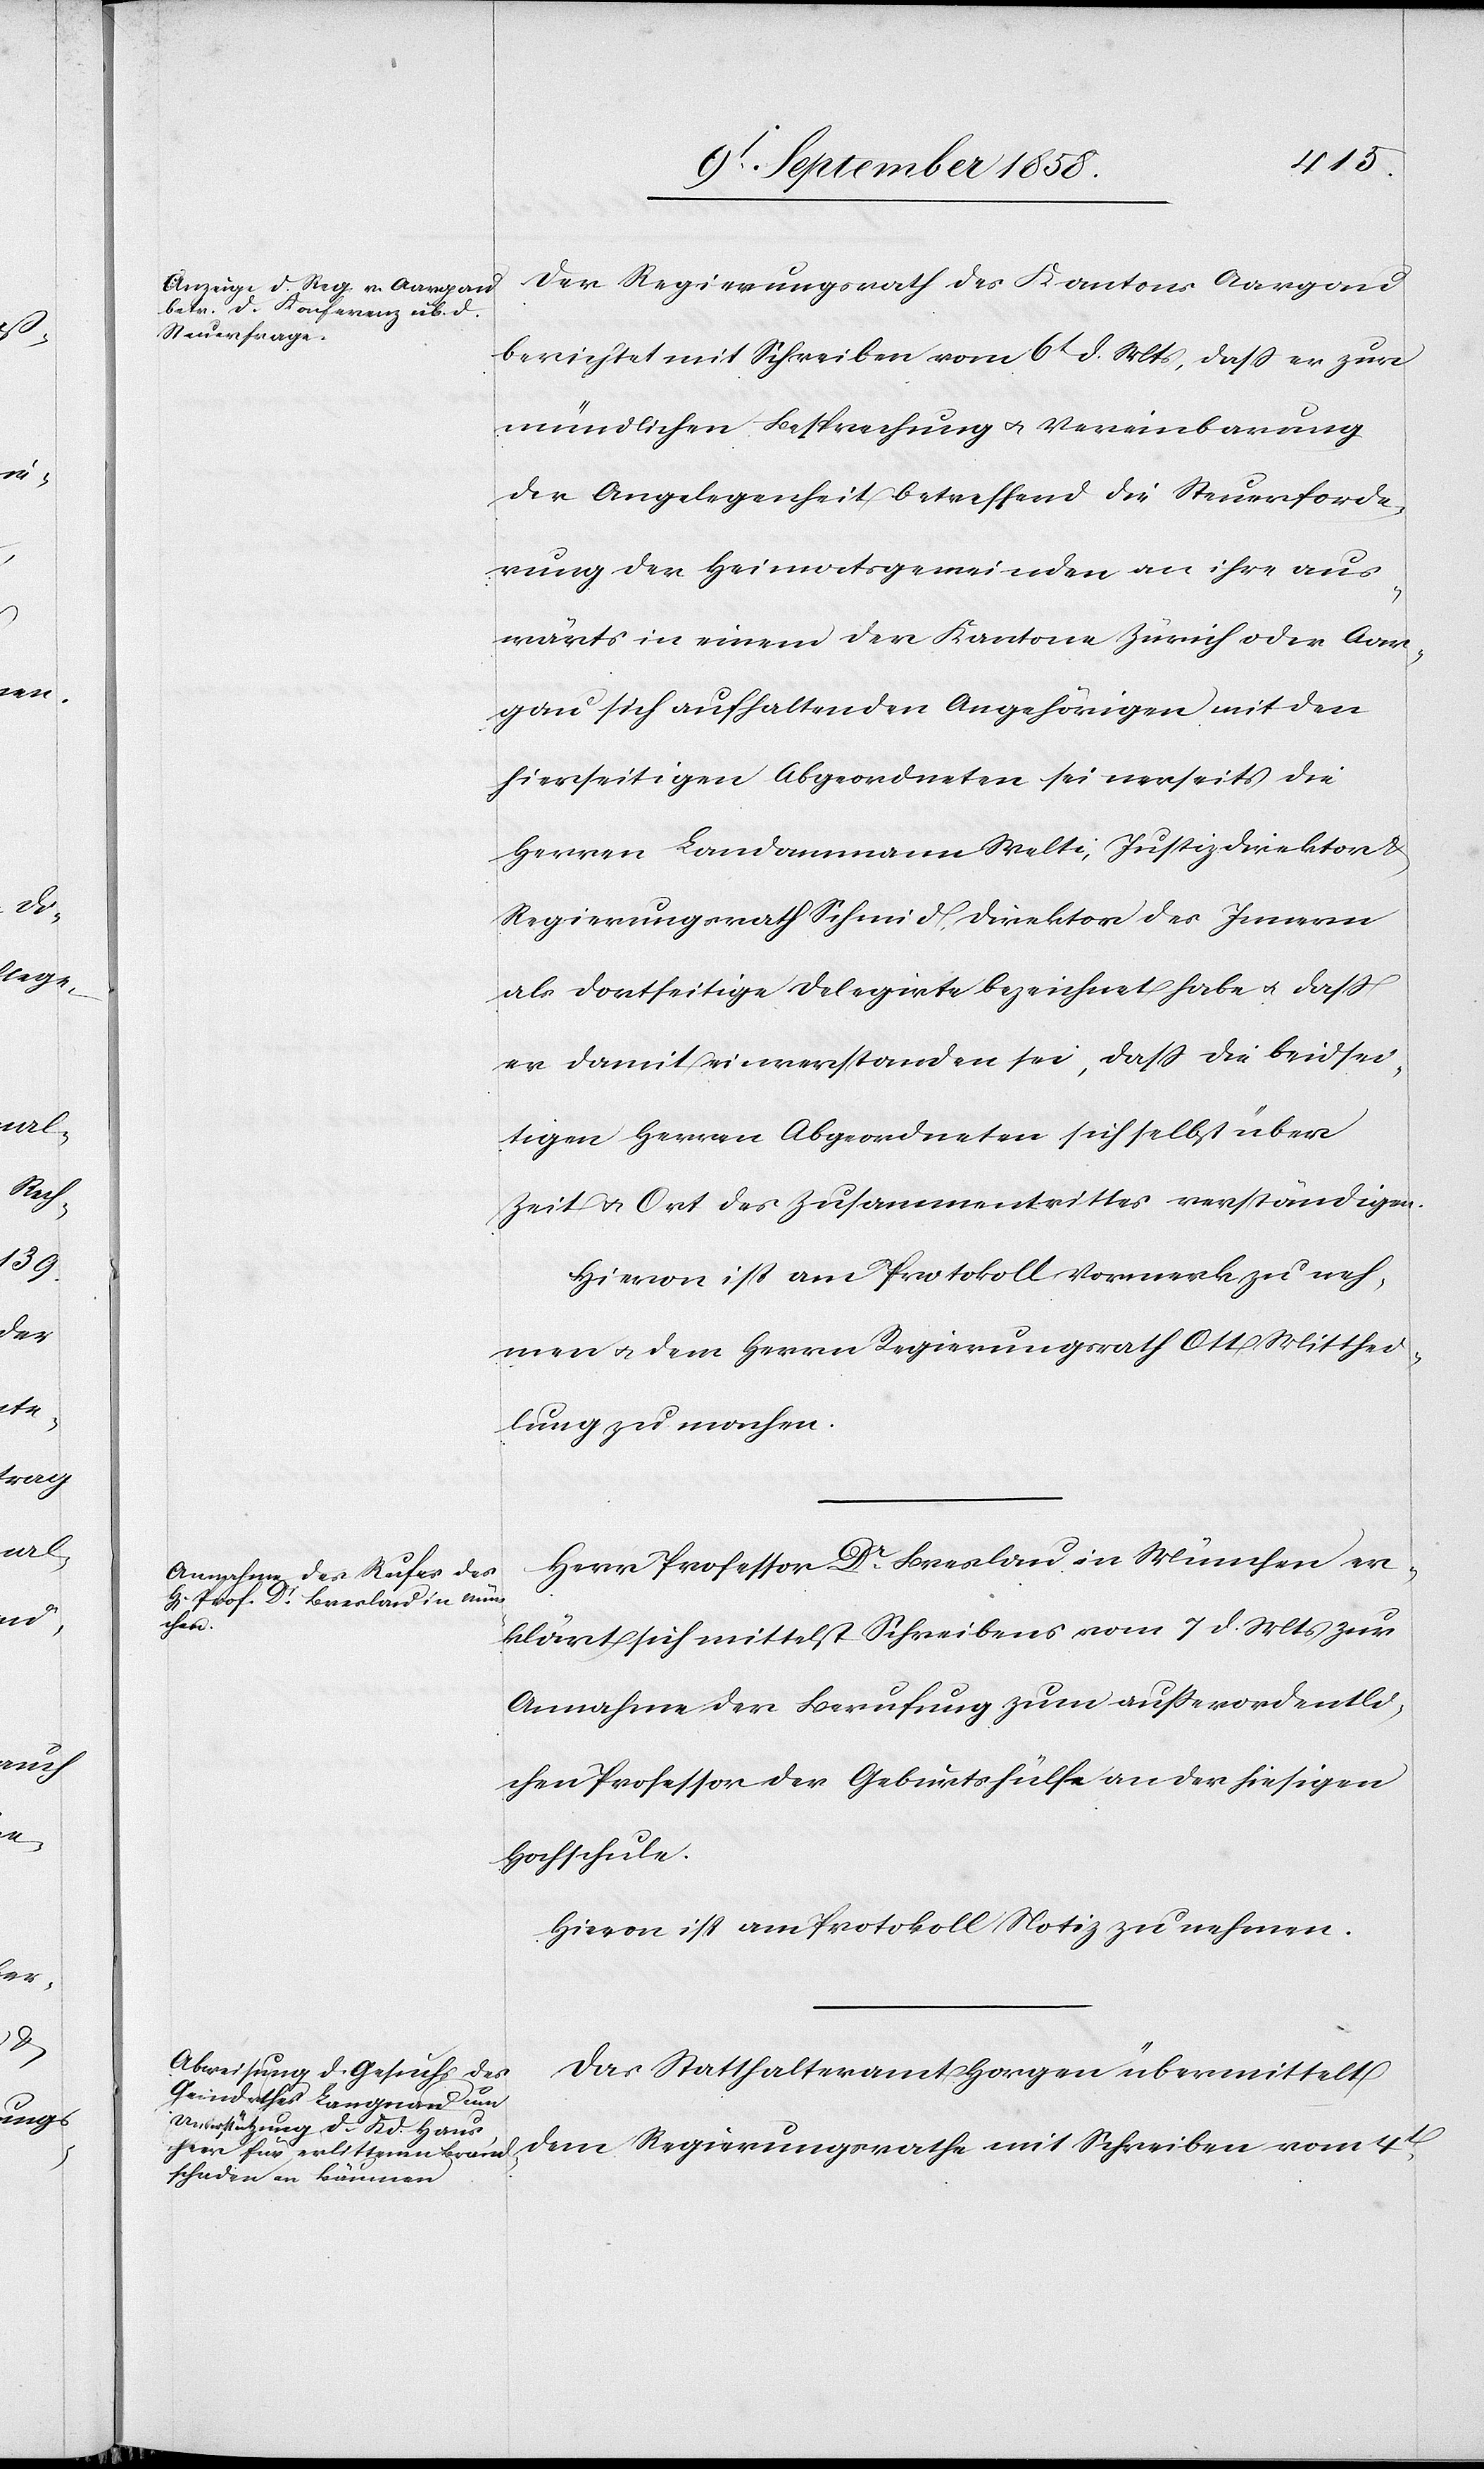
4t
Der Regierungsrath des Kantons Aargau
berichtet mit Schreiben vom 6t d. Mts, dass er zur
mündlichen Besprechung & Vereinbarung
der Angelegenheit betreffend die Steuerforde¬
rung der Heimatsgemeinden an ihre aus¬
wärts in einem der Kantone Zürich oder Aar¬
gau sich aufhaltenden Angehörigen mit den
hierseitigen Abgeordneten seinerseits die
Herren Landammann Welti, Justizdirektor &
Regierungsrath Schmid, Direktor des Innern
als dortseitige Delegirte bezeichnet habe & dass
er damit einverstanden sei, dass die beidsei¬
tigen Herren Abgeordneten sich selbst über
Zeit & Ort des Zusammentrittes verständigen.
Hievon ist am Protokoll Vormerk zu neh¬
men & dem Herrn Regierungsrath Ott Mitthei¬
lung zu machen.
Herr Professor Dr Breslau in München er¬
klärt sich mittelst Schreibens vom 7 d. Mts zur
Annahme der Berufung zum außerordentli¬
chen Professor der Geburtshülfe an der hiesigen
Hochschule.
Hievon ist am Protokoll Notiz zu nehmen.
Das Statthalteramt Horgen übermittelt